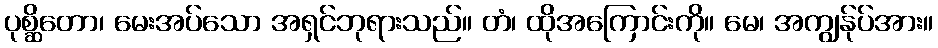
ပုစ္ဆိတော၊ မေးအပ်သော အရှင်ဘုရားသည်။ တံ၊ ထိုအကြောင်းကို။ မေ၊ အကျွန်ုပ်အား။